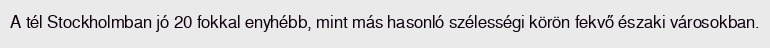
A tél Stockholmban jó 20 fokkal enyhébb, mint más hasonló szélességi körön fekvő északi városokban.